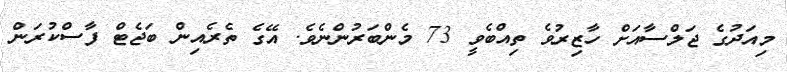
މިއަދުގެ ޖަލްސާއަށް ހާޒިރުވެ ތިއްބެވީ 73 މެންބަރުންނެވެ. އޭގެ ތެރެއިން ބަޖެޓް ފާސްކުރަން